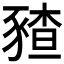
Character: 𰶪